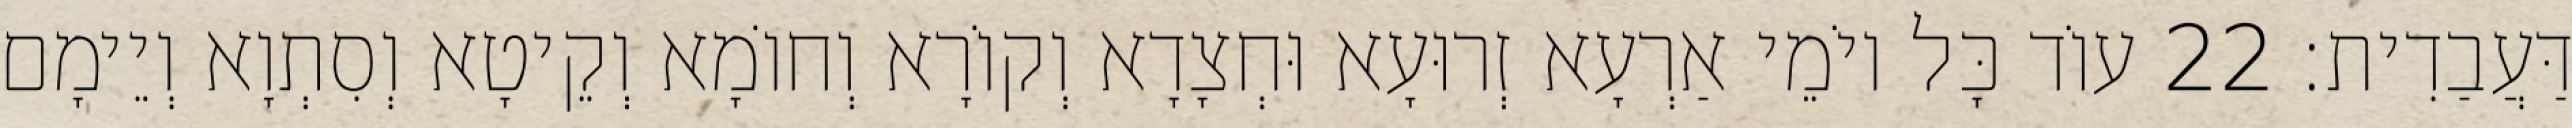
דַּעֲבַדִית׃ 22 עוֹד כָּל יוֹמֵי אַרְעָא זְרוּעָא וּחְצָדָא וְקוֹרָא וְחוֹמָא וְקֵיטָא וְסִתְוָא וְיֵימָם